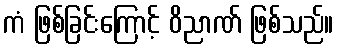
ကံ ဖြစ်ခြင်းကြောင့် ဝိညာဏ် ဖြစ်သည်။